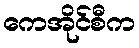
ကေအိုင်စီက